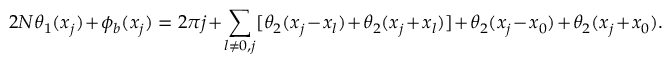
2 N \theta _ { 1 } ( x _ { j } ) + \phi _ { b } ( x _ { j } ) = 2 \pi j + \sum _ { l \neq 0 , j } [ \theta _ { 2 } ( x _ { j } - x _ { l } ) + \theta _ { 2 } ( x _ { j } + x _ { l } ) ] + \theta _ { 2 } ( x _ { j } - x _ { 0 } ) + \theta _ { 2 } ( x _ { j } + x _ { 0 } ) .